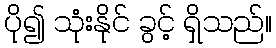
ပို၍ သုံးနိုင် ခွင့် ရှိသည်။